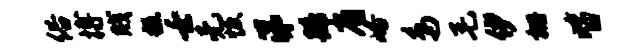
俗搏贱糕壬无恢涕蹄眉峪鸟毛伊栅皆